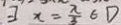
3 x = \frac { \pi } { 3 } 6 D